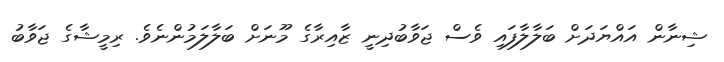
ޝިނާން އައްޔަދަށް ބަލާލާފައި ވެސް ޖަވާބުދިނީ ޒާއިރާގެ މޫނަށް ބަލާލަމުންނެވެ. ރިމީޝާގެ ޖަވާބު